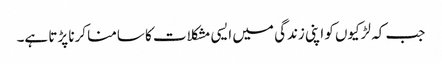
جب کہ لڑکیوں کو اپنی زندگی میں ایسی مشکلات کا سامنا کرنا پڑتا ہے۔